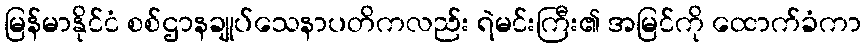
မြန်မာနိုင်ငံ စစ်ဌာနချုပ်သေနာပတိကလည်း ရဲမင်းကြီး၏ အမြင်ကို ထောက်ခံကာ